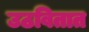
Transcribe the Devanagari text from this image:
उठवितात